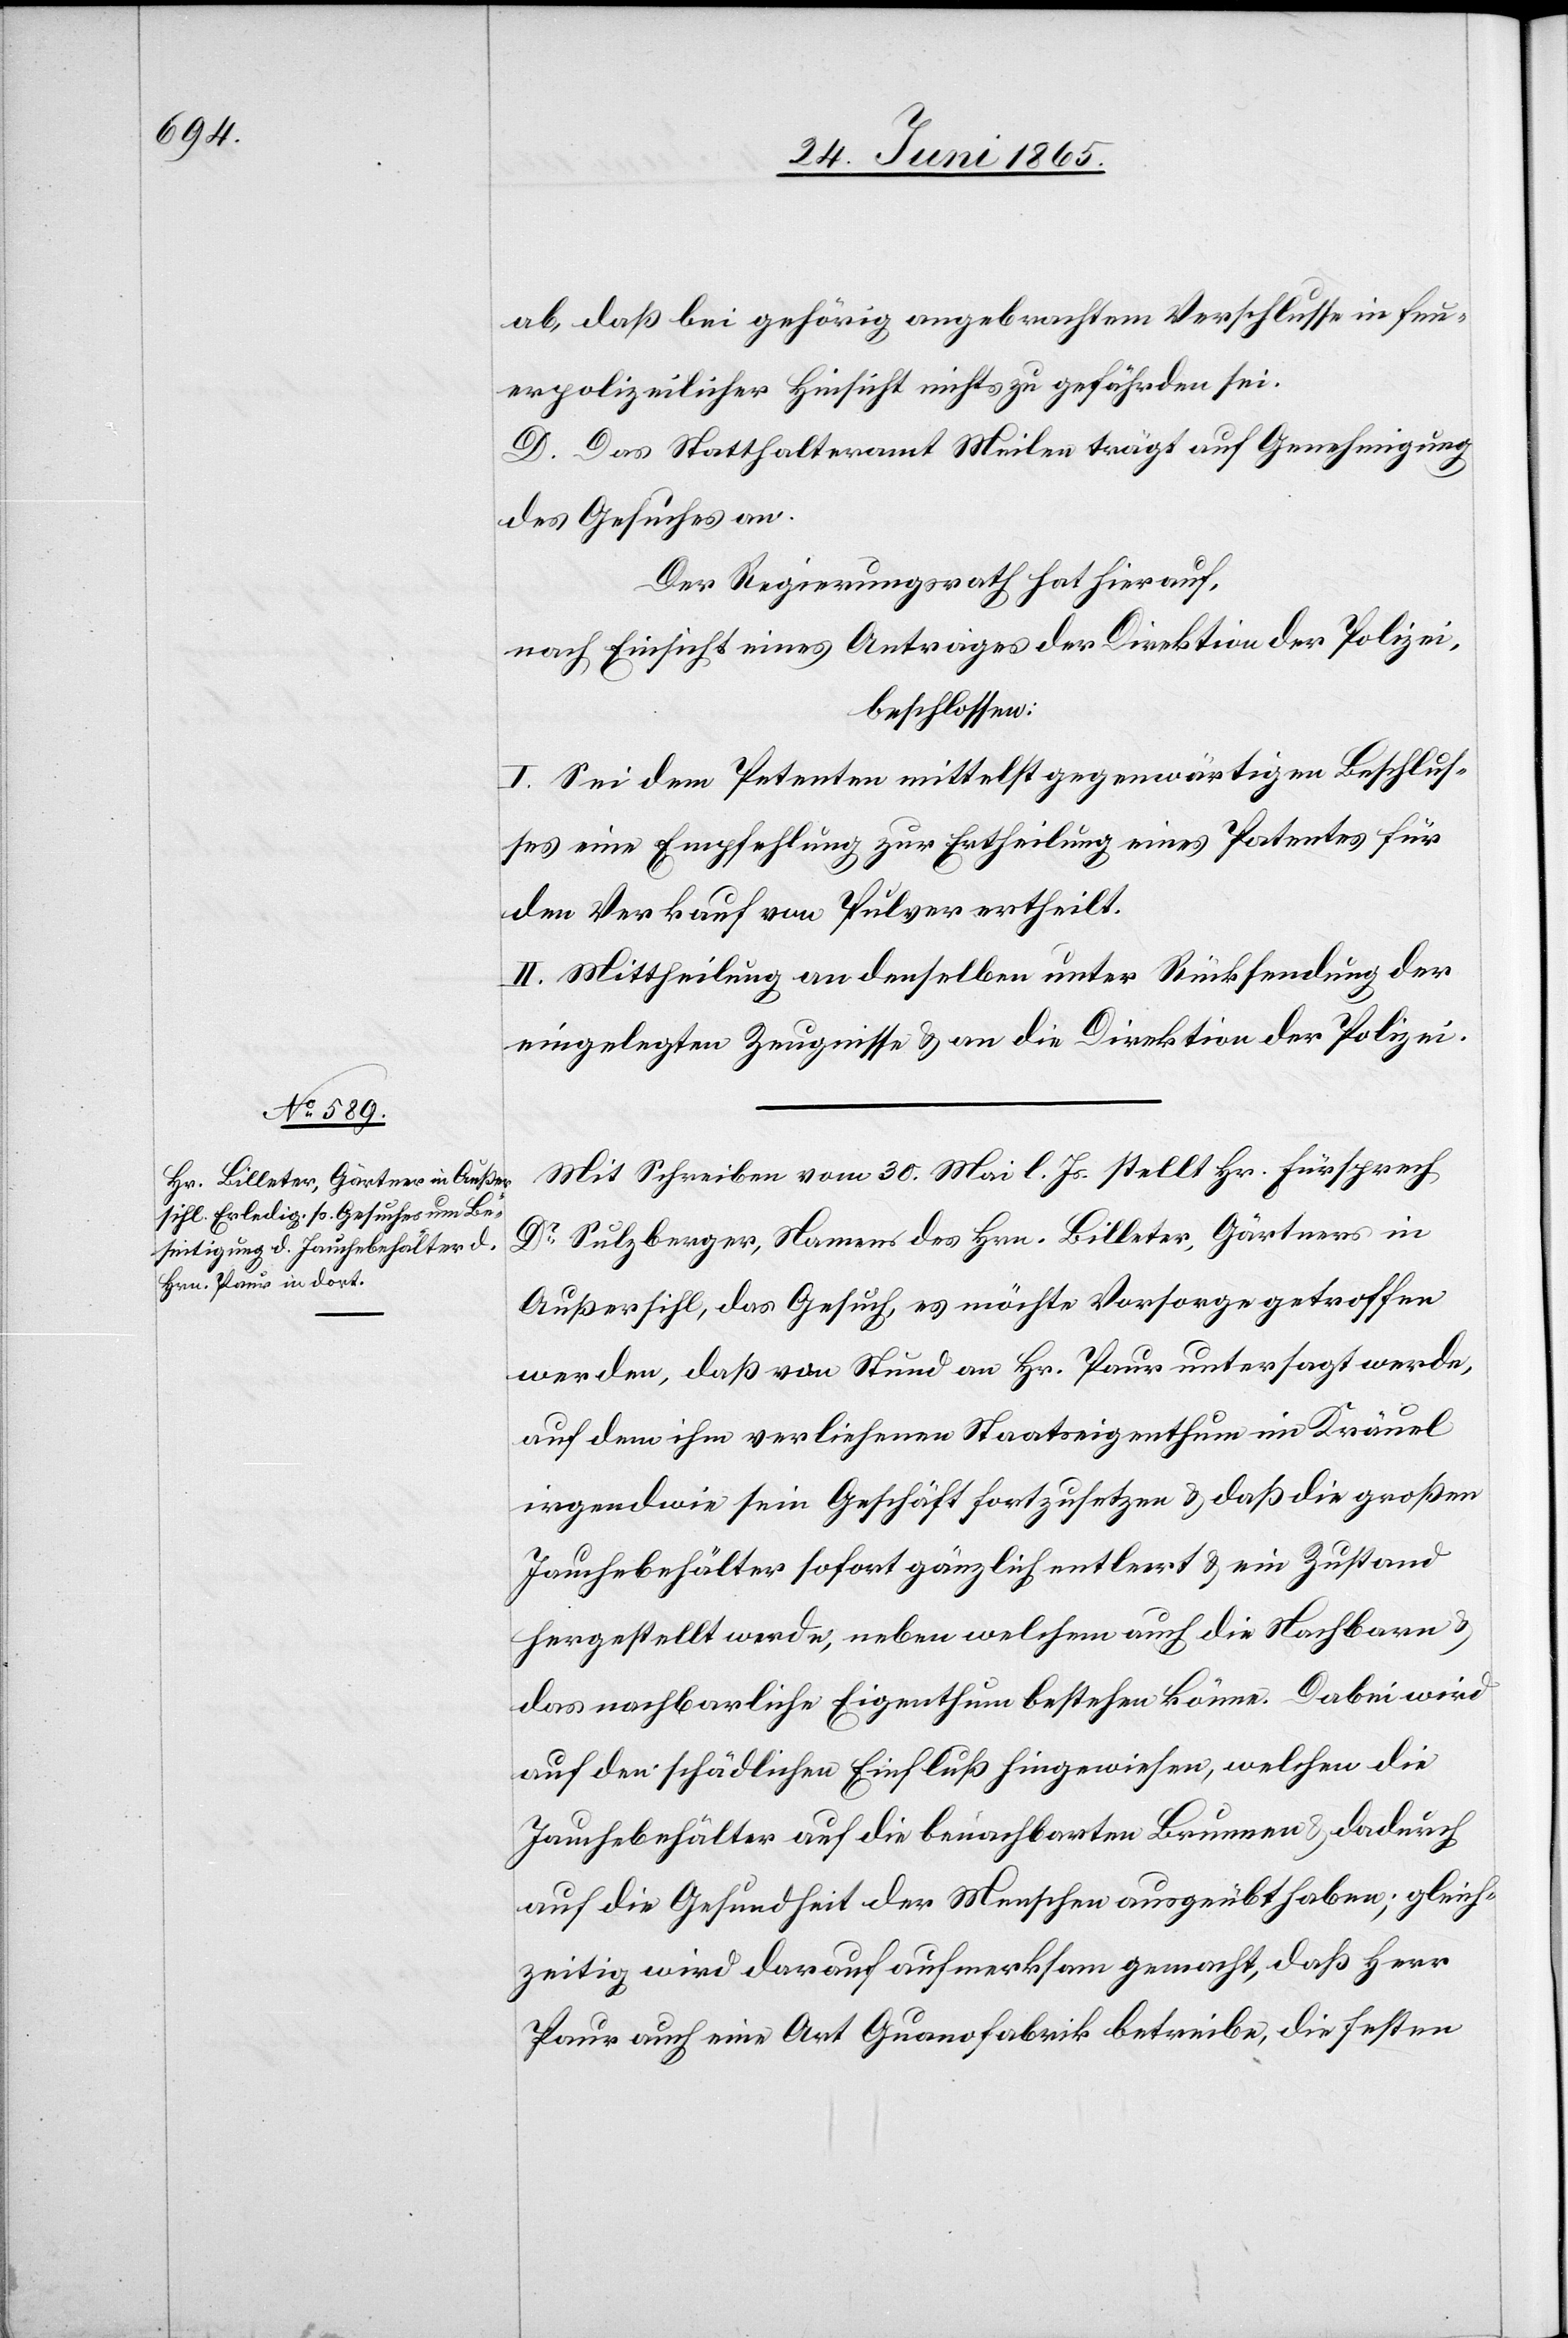
ab, daß bei gehörig angebrachtem Verschlusse in feu¬
erpolizeilicher Hinsicht nichts zu gefährden sei.
D. Das Statthalteramt Meilen trägt auf Genehmigung
des Gesuches an.
Der Regierungsrath hat hierauf,
nach Einsicht eines Antrages der Direktion der Polizei,
beschlossen:
I. Sei dem Petenten mittelst gegenwärtigen Beschlus¬
ses eine Empfehlung zur Ertheilung eines Patentes für
den Verkauf von Pulver ertheilt.
II. Mittheilung an denselben unter Rücksendung der
eingelegten Zeugnisse & an die Direktion der Polizei.
Mit Schreiben vom 30. Mai l. Js. stellt Hr. Fürsprech
Dr Sulzberger, Namens des Hrn. Billeter, Gärtners in
Außersihl, das Gesuch, es möchte Vorsorge getroffen
werden, daß von Stund an Hr. Paur untersagt werde,
auf dem ihm verliehenen Staatseigenthum im Kräuel
irgendwie sein Geschäft fortzusetzen & daß die großen
Jauchebehälter sofort gänzlich entleert & ein Zustand
hergestellt werde, neben welchem auch die Nachbarn &
das nachbarliche Eigenthum bestehen könne. Dabei wird
auf den schädlichen Einfluß hingewiesen, welchen die
Jauchebehälter auf die benachbarten Brunnen & dadurch
auf die Gesundheit der Menschen ausgeübt haben; gleich¬
zeitig wird darauf aufmerksam gemacht, daß Herr
Paur auch eine Art Guanofabrik betreibe, die festen